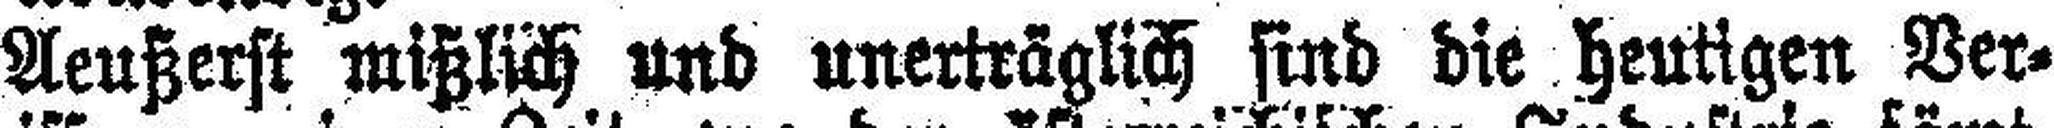
Aeußerst mißlich und unerträglich sind die heutigen Ver¬